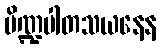
ပိဏ္ဍပါတသယနေန